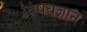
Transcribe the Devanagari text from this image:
विषयज्ञान